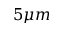
5 \mu m